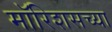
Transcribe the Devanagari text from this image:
मॉरिशसच्या